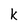
Character: k